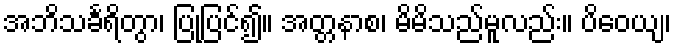
အဘိသင်္ခရိတွာ၊ ပြုပြင်၍။ အတ္တနာစ၊ မိမိသည်မူလည်း။ ပိဝေယျ၊